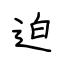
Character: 迫